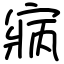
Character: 寎